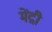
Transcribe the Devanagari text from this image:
मेंद्री